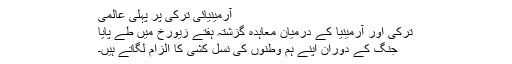
آرمینیائی ترکی پر پہلی عالمی
ترکی اور آرمینیا کے درمیان معاہدہ گزشتہ ہفتے زیورخ میں طے پایا
جنگ کے دوران اپنے ہم وطنوں کی نسل کُشی کا الزام لگاتے ہیں۔